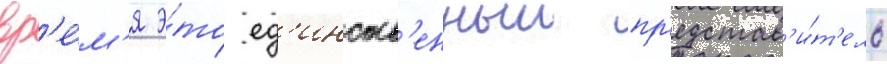
вр'е́м'я э́то ед'инств'енныи пр'едстав'и́т'ель